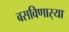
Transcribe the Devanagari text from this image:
बसविणार्‍या